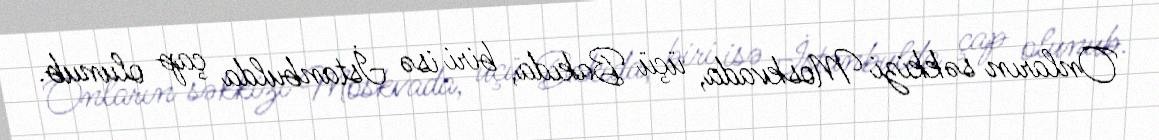
Onların səkkizi Moskvada, üçü Bakıda, biri isə İstanbulda çap olunub.